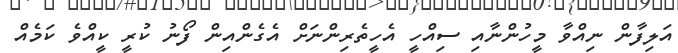
އަލިފާން ނިއްވާ މީހުންނާއި ސިއްހީ އެހީތެރިންނަށް އެގެންއިން ފޯނު ކުރީ ކީއްވެ ކަމެއް